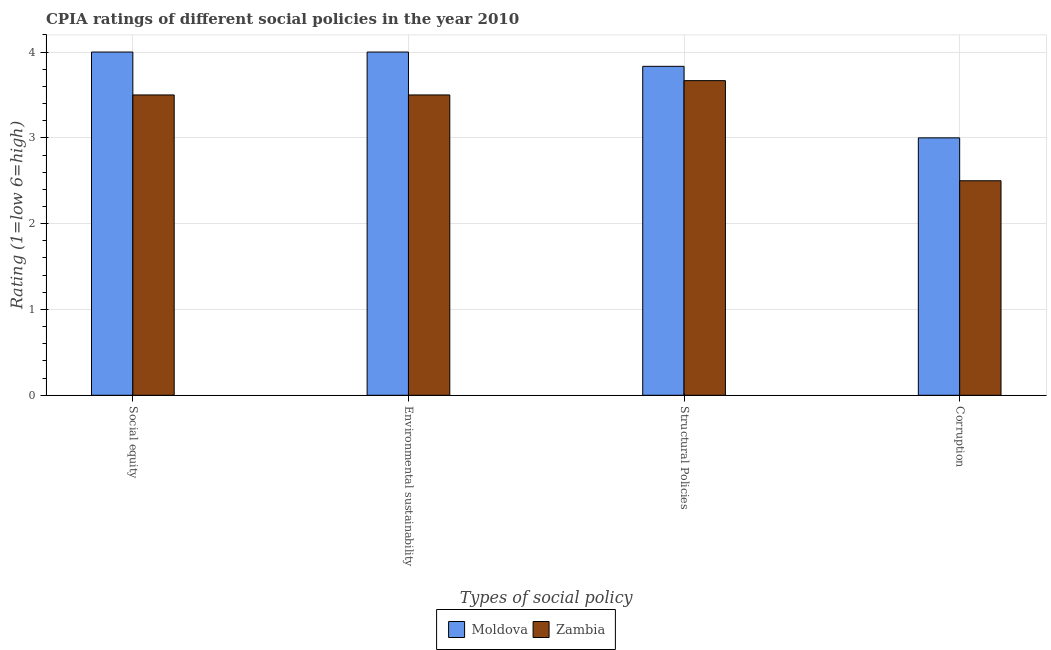
| Types of social policy | Moldova | Zambia |
 | --- | --- | --- |
 | Social equity | 4 | 3.5 |
 | Environmental sustainability | 4 | 3.5 |
 | Structural Policies | 3.83 | 3.67 |
 | Corruption | 3 | 2.5 |